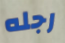
رجله